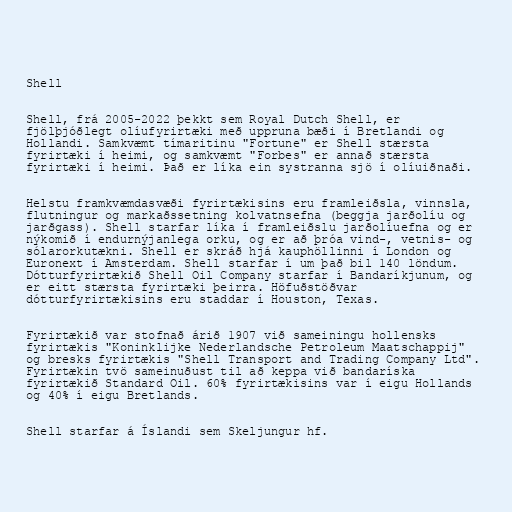
Shell

Shell, frá 2005-2022 þekkt sem Royal Dutch Shell, er
fjölþjóðlegt olíufyrirtæki með uppruna bæði í Bretlandi og
Hollandi. Samkvæmt tímaritinu "Fortune" er Shell stærsta
fyrirtæki í heimi, og samkvæmt "Forbes" er annað stærsta
fyrirtæki í heimi. Það er líka ein systranna sjö í olíuiðnaði.

Helstu framkvæmdasvæði fyrirtækisins eru framleiðsla, vinnsla,
flutningur og markaðssetning kolvatnsefna (beggja jarðolíu og
jarðgass). Shell starfar líka í framleiðslu jarðolíuefna og er
nýkomið í endurnýjanlega orku, og er að þróa vind-, vetnis- og
sólarorkutækni. Shell er skráð hjá kauphöllinni í London og
Euronext í Amsterdam. Shell starfar í um það bil 140 löndum.
Dótturfyrirtækið Shell Oil Company starfar í Bandaríkjunum, og
er eitt stærsta fyrirtæki þeirra. Höfuðstöðvar
dótturfyrirtækisins eru staddar í Houston, Texas.

Fyrirtækið var stofnað árið 1907 við sameiningu hollensks
fyrirtækis "Koninklijke Nederlandsche Petroleum Maatschappij"
og bresks fyrirtækis "Shell Transport and Trading Company Ltd".
Fyrirtækin tvö sameinuðust til að keppa við bandaríska
fyrirtækið Standard Oil. 60% fyrirtækisins var í eigu Hollands
og 40% í eigu Bretlands.

Shell starfar á Íslandi sem Skeljungur hf.